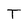
Character: T